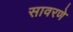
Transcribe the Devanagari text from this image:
सावरणे